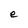
Character: e